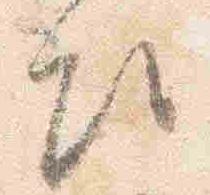
次